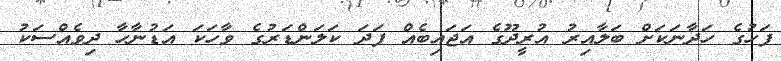
ފަހުގެ ހަދާނަކަށް ބަލާއިރު އުރީދޫގެ އަޖައިބެއް ފަދަ ކަލަންޑަރުގެ ވާހަކަ އަޑުނާހާ ދިވެއްސަކު